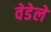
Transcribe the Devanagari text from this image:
वेडेले